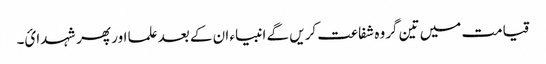
قیامت میں تین گروہ شفاعت کریں گے انبیاء ان کے بعد علما اور پھر شہدائ۔